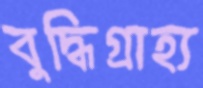
বুদ্ধিগ্রাহ্য